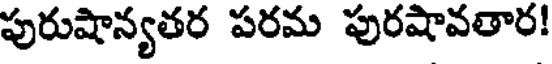
పురుషాన్యతర పరమ పురషావతార!